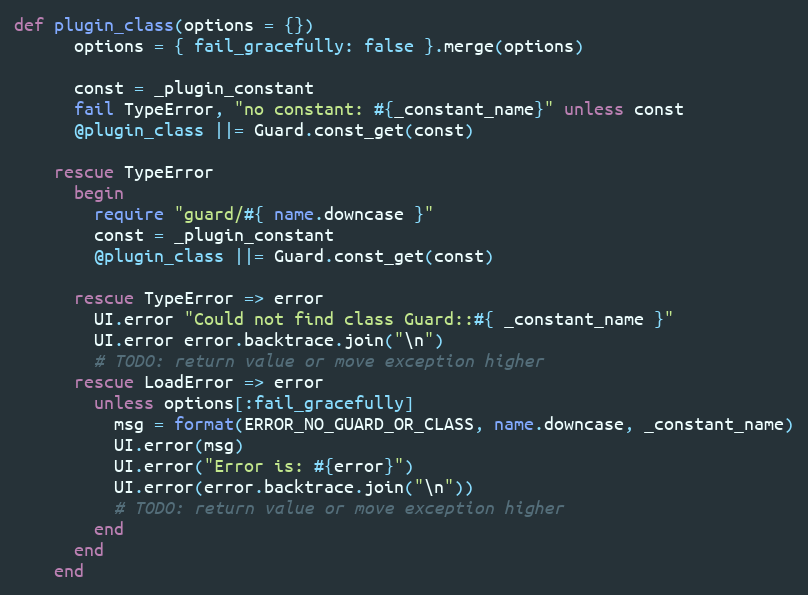
Language: Ruby
def plugin_class(options = {})
      options = { fail_gracefully: false }.merge(options)

      const = _plugin_constant
      fail TypeError, "no constant: #{_constant_name}" unless const
      @plugin_class ||= Guard.const_get(const)

    rescue TypeError
      begin
        require "guard/#{ name.downcase }"
        const = _plugin_constant
        @plugin_class ||= Guard.const_get(const)

      rescue TypeError => error
        UI.error "Could not find class Guard::#{ _constant_name }"
        UI.error error.backtrace.join("\n")
        # TODO: return value or move exception higher
      rescue LoadError => error
        unless options[:fail_gracefully]
          msg = format(ERROR_NO_GUARD_OR_CLASS, name.downcase, _constant_name)
          UI.error(msg)
          UI.error("Error is: #{error}")
          UI.error(error.backtrace.join("\n"))
          # TODO: return value or move exception higher
        end
      end
    end